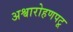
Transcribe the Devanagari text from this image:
अश्वारोहणपटू